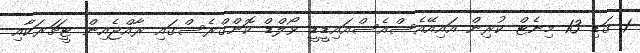
1 ގަޑި 13 މިނެޓް ކުރިން އައިއޭއެސްއެސްއައިޑީޑީ ވޯލްޑް ކޮންގްރެސްގައި ރާއްޖެއިން ޓީޗަރަކާއި